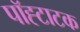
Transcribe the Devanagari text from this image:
पॉह्टाटक